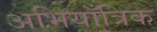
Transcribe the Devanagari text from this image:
अभियाँत्रिक